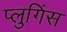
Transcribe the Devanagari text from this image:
प्लुगिंस